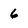
Character: 6